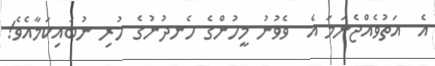
އެ  އަތުވެއްޖެނަމަ އެ  ވެވުނު މީހުންގެ ހެނދުނުގެ ހުރި ނުބައިކަމާއެވެ!